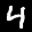
Label: 4